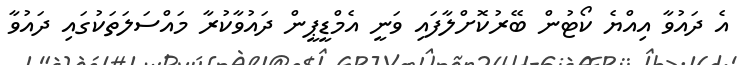
އެ ދައުވާ އިއްޔެ ކޯޓުން ބޭރުކޮށްލާފައި ވަނީ އެމްޑީޕީން ދައުވާކުރާ މައްސަލަތަކުގައި ދައުވާ